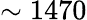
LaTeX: \sim 1470